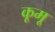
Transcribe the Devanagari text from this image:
कूमू